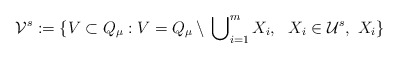
\begin{align*}{\cal V}^s := \lbrace V \subset Q_\mu: V = Q_\mu \setminus \, \bigcup\nolimits^m_{i=1} X_i, \ \ X_i \in {\cal U}^s, \ X_i \rbrace\end{align*}